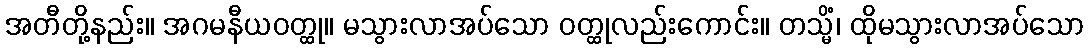
အတီတို့နည်း။ အဂမနီယဝတ္ထု။ မသွားလာအပ်သော ဝတ္ထုလည်းကောင်း။ တသ္မိံ၊ ထိုမသွားလာအပ်သော